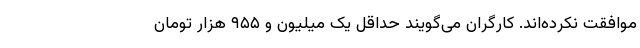
موافقت نکرده‌اند. کارگران می‌گویند حداقل یک میلیون و ۹۵۵ هزار تومان